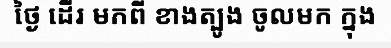
ថ្ងៃ ដើរ មកពី ខាងត្បូង ចូលមក ក្នុង